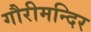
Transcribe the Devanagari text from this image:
गौरीमन्दिर